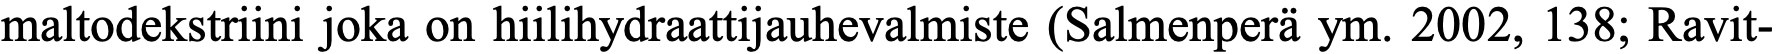
maltodekstriini joka on hiilihydraattijauhevalmiste (Salmenperä ym. 2002, 138; Ravit-